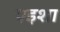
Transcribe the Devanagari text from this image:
एइशा